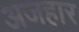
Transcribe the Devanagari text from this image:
अजहार